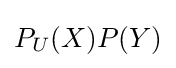
P_{U}(X)P(Y)